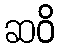
ဆဝိ